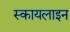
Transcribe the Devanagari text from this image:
स्कायलाइन